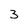
Character: 3